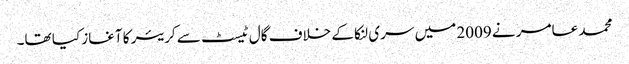
محمد عامر نے 2009 میں سری لنکا کے خلاف گال ٹیسٹ سے کریئر کا آغاز کیا تھا۔